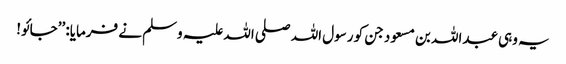
یہ وہی عبداللہ بن مسعود جن کو رسول اللہ صلی اللہ علیہ وسلم نے فرمایا: ’’جائو!